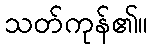
သတ်ကုန်၏။